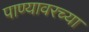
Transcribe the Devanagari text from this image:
पाण्यावरच्या